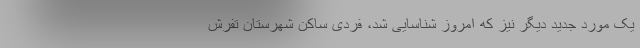
یک مورد جدید دیگر نیز که امروز شناسایی شد، فردی ساکن شهرستان تفرش